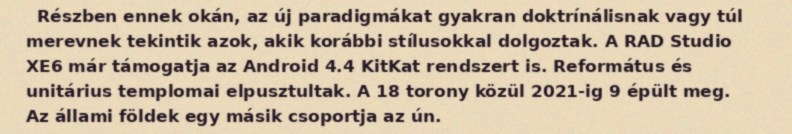
Részben ennek okán, az új paradigmákat gyakran doktrínálisnak vagy túl merevnek tekintik azok, akik korábbi stílusokkal dolgoztak. A RAD Studio XE6 már támogatja az Android 4.4 KitKat rendszert is. Református és unitárius templomai elpusztultak. A 18 torony közül 2021-ig 9 épült meg. Az állami földek egy másik csoportja az ún.